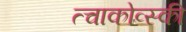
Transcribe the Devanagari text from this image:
त्चाकोव्स्की